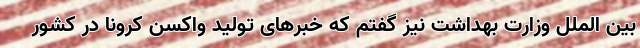
بین الملل وزارت بهداشت نیز گفتم که خبرهای تولید واکسن کرونا در کشور